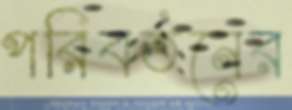
পরিবর্তনের